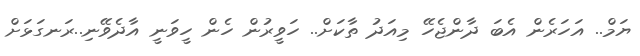
ޔަމް.. އަހަރެން އެބަ ދާންޖެހޭ މިއަދު ތާކަށް.. ހަވީރުން ހެން ހީވަނީ އާދެވޭނި..ރަނގަޅަށް